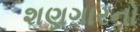
શણગારનો